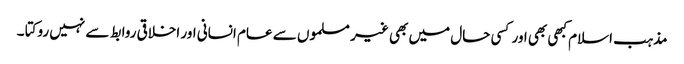
مذہب اسلام کبھی بھی اور کسی حال میں بھی غیر مسلموں سے عام انسانی اور اخلاقی روابط سے نہیں روکتا ۔